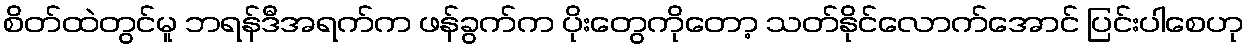
စိတ်ထဲတွင်မူ ဘရန်ဒီအရက်က ဖန်ခွက်က ပိုးတွေကိုတော့ သတ်နိုင်လောက်အောင် ပြင်းပါစေဟု